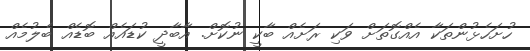
ހުށަހެޅުންތަކާ އެއްގޮތަށް ވަކި ރަށެއް ބާކީ ނުކޮށް. އާބާދީ ކުޑައެއް ބޮޑެއް ބެލުމެއް